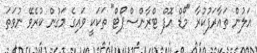
އަލުން ތައާރަފުކުރާ "މޯޑް އޮފް ޓްރާންސްޕޯޓް" ތަކަކީ ވައިގެ މަގުން ކުރެވޭ ނުވަތަ